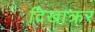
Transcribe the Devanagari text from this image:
दिखाक्रर